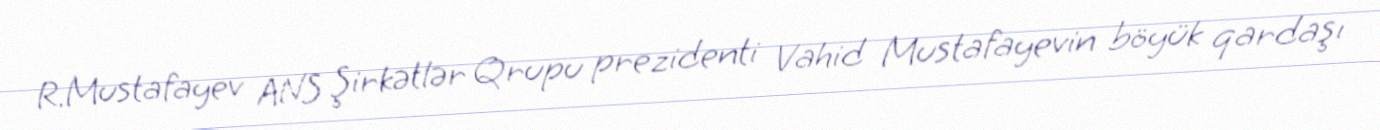
R.Mustafayev ANS Şirkətlər Qrupu prezidenti Vahid Mustafayevin böyük qardaşı